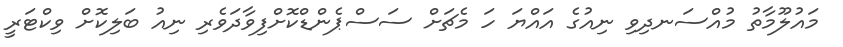
މައުލޫމާތު މުއްސަނދިވި ނިއުގެ އައްޔަ ހަ މެޗަށް ސަސްޕެންޑްކޮށްފިވާދަވެރި ނިއު ބަލިކޮށް ވިކްޓަރީ